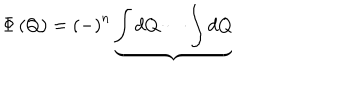
\Phi \left( Q \right) = \left( - \right) ^ { n } \underbrace { \int d Q \cdots \int d Q }